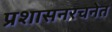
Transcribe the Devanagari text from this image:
प्रशासनरचनेत